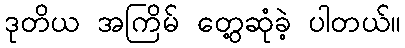
ဒုတိယ အကြိမ် တွေ့ဆုံခဲ့ ပါတယ်။